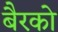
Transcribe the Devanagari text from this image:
बैरको